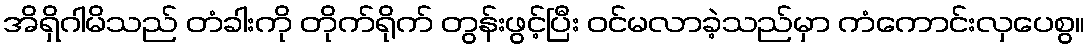
အိရှိဂါမိသည် တံခါးကို တိုက်ရိုက် တွန်းဖွင့်ပြီး ဝင်မလာခဲ့သည်မှာ ကံကောင်းလှပေစွ။